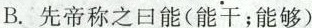
B.先帝称之曰能(能干；能够)